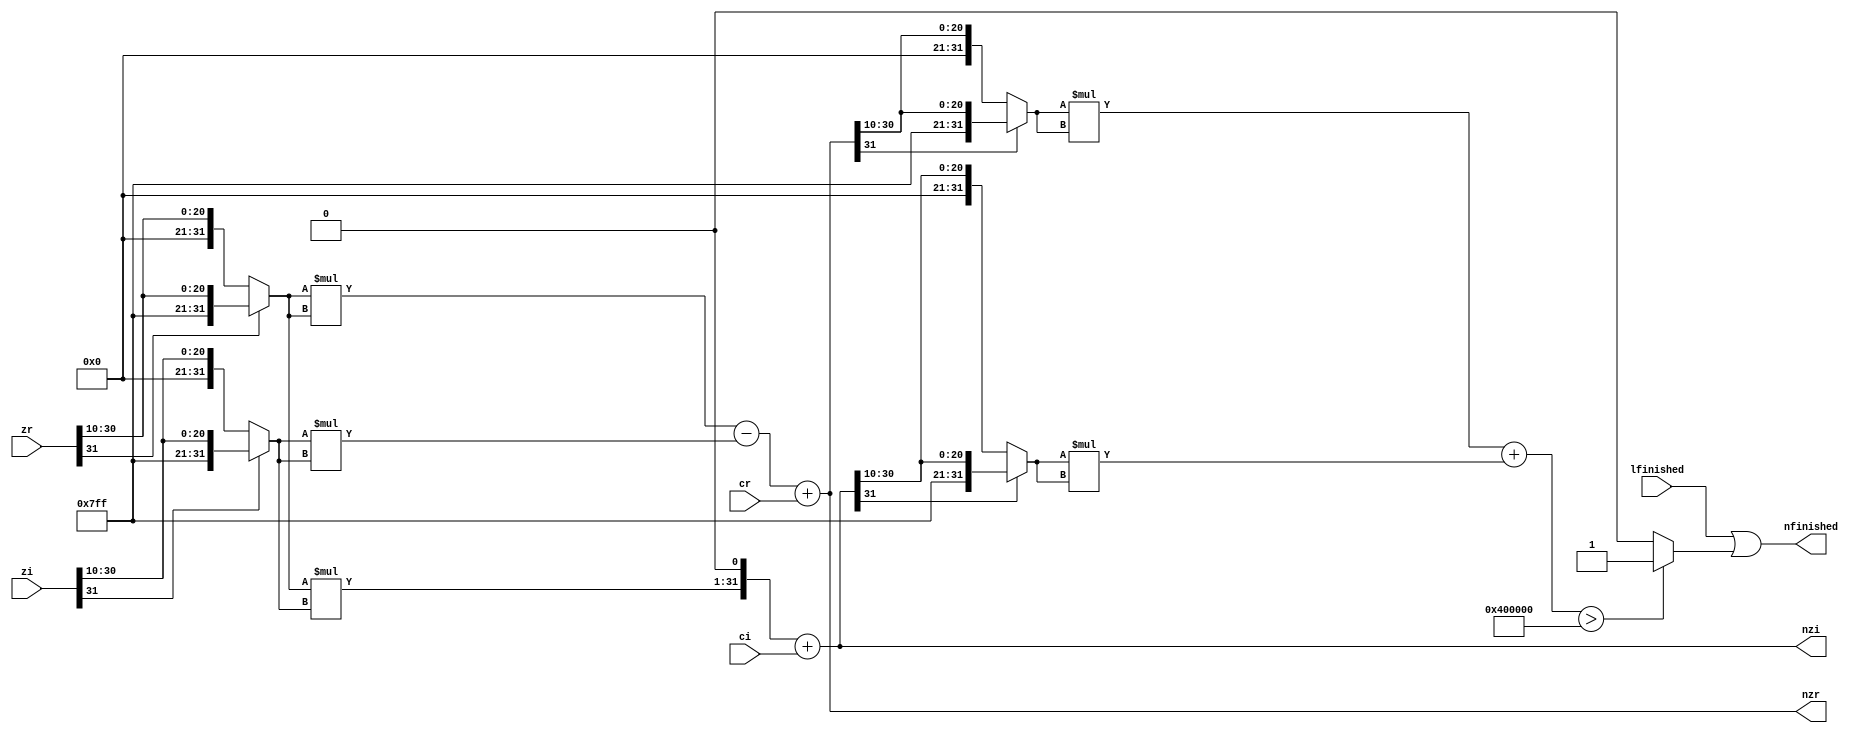
`timescale 1ns / 1ps
//////////////////////////////////////////////////////////////////////////////////
// Company: 
//
//////////////////////////////////////////////////////////////////////////////////

`timescale 1ns / 1ps
//////////////////////////////////////////////////////////////////////////////////
// Company: 
// Engineer: 
// 
// Design Name: 
// Module Name:    iteration 
// Project Name: 
// Target Devices: 
// Tool versions: 
// Description: 
//
// Dependencies: 
//
// Revision: 
// Revision 0.01 - File Created
// Additional Comments: 
//
//////////////////////////////////////////////////////////////////////////////////
module iteration(
    input [31:0] zr, // input z value from the previous iteration
    input [31:0] zi,
    input [31:0] cr, // constant starting value c
    input [31:0] ci,
	 input lfinished, // finished flag of last iteration
    output [31:0] nzr, // new z value
    output [31:0] nzi,
    output nfinished  // flag if absolute value reached > 2
    );

	parameter fraction = 20; //number of fraction bits
	parameter prepare = 10; //number of fraction bits that needed to be shifted to the right before multiplying
	parameter [31:0] one = 1<<fraction;
			
			wire [31:0] zh0r = zr[31] ? {10'b1111111111, zr[31:10]} : {10'b0000000000, zr[31:10]};
			wire [31:0] zh0i = zi[31] ? {10'b1111111111, zi[31:10]} : {10'b0000000000, zi[31:10]};
			
			assign nzr = (zh0r*zh0r) - (zh0i*zh0i) + cr;
			assign nzi = ((zh0r*zh0i)<<<1) + ci;
			
			wire [31:0] zh1r = nzr[31] ? {10'b1111111111, nzr[31:10]} : {10'b0000000000, nzr[31:10]};
			wire [31:0] zh1i = nzi[31] ? {10'b1111111111, nzi[31:10]} : {10'b0000000000, nzi[31:10]};
			wire [31:0] z1a = (zh1r*zh1r)+(zh1i*zh1i);
			wire z1b = (z1a > 4*one) ? 1 : 0;
			assign nfinished = lfinished | z1b;

endmodule